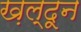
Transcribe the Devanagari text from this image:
ख़ल्दून